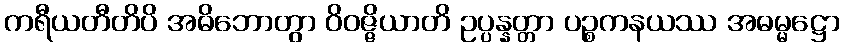
ကရီယတီတိပိ အဓိဘောတွာ ဝိဝဇ္ဇိယာတိ ဥပ္ပန္နတ္တာ ပဉ္စကနယဿ အဓမ္မဋ္ဌော